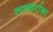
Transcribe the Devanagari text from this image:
तस्करांना